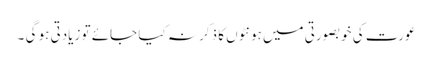
عورت کی خوبصورتی میں ہونٹوں کا ذکر نہ کیا جائے تو زیادتی ہو گی ۔